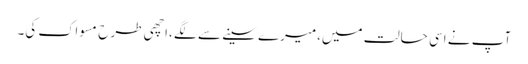
آپ نے اسی حالت میں،میرے سینے سے لگے ،اچھی طرح مسواک کی۔